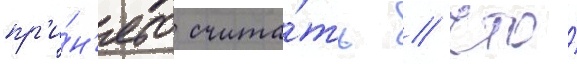
пр'и́н'ято счита́ть / что́